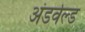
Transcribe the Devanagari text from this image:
अंडर्वल्ड